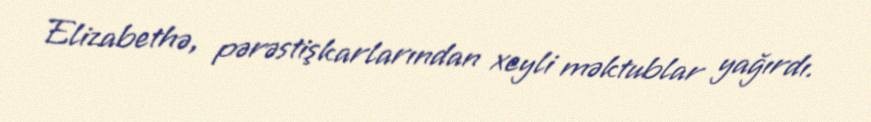
Elizabethə, pərəstişkarlarından xeyli məktublar yağırdı.